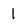
Character: 1